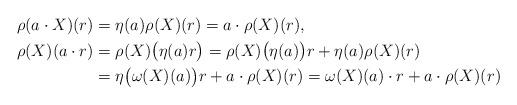
LaTeX: \begin{align*}\rho(a\cdot X)(r) & = \eta(a)\rho(X)(r) = a\cdot \rho(X)(r), \\\rho(X)(a\cdot r) & = \rho(X)\big(\eta(a)r\big) = \rho(X)\big(\eta(a)\big)r + \eta(a)\rho(X)(r) \\ & = \eta\big(\omega(X)(a)\big)r+a\cdot \rho(X)(r) = \omega(X)(a)\cdot r + a\cdot \rho(X)(r)\end{align*}